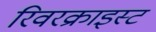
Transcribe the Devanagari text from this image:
रिवरक्राइस्ट